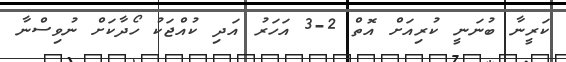
ކަރީނާ ބުނަނީ ކުރިއަށް އޮތް 2-3 އަހަރު އަދި ކުއްޖަކު ހޯދާކަށް ނުވިސްނާ